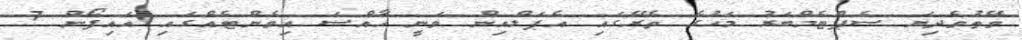
ވޭތުވެދިޔަ ސެޕްޓެމްބަރު މަހުގެ ތެރޭގައި އެޕަލްއިން ވަނީ ހާއްސަ އިވެންޓެއްގައި އައިފޯން 7